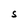
Character: S